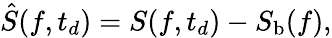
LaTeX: \hat{S}(f,t_{d})=S(f,t_{d})-S_{\mathrm{b}}(f),